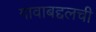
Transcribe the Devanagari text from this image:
गावाबद्दलची